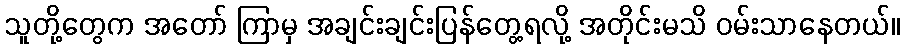
သူတို့တွေက အတော် ကြာမှ အချင်းချင်းပြန်တွေ့ရလို့ အတိုင်းမသိ ဝမ်းသာနေတယ်။